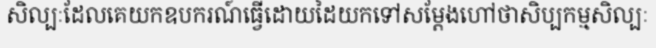
សិល្បៈដែលគេយកឧបករណ៍ធ្វើដោយដៃយកទៅសម្តែងហៅថាសិប្បកម្មសិល្បៈ